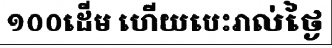
១០០ដើម ហើយបេះរាល់ថ្ងៃ